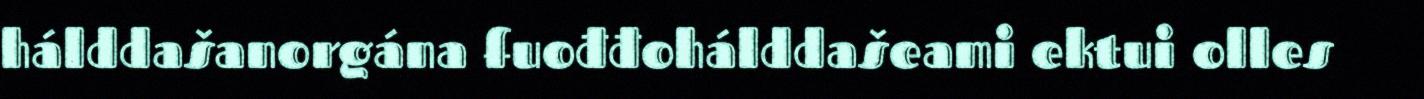
hálddašanorgána fuođđohálddašeami ektui olles